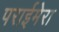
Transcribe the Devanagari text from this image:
पराईमेरा